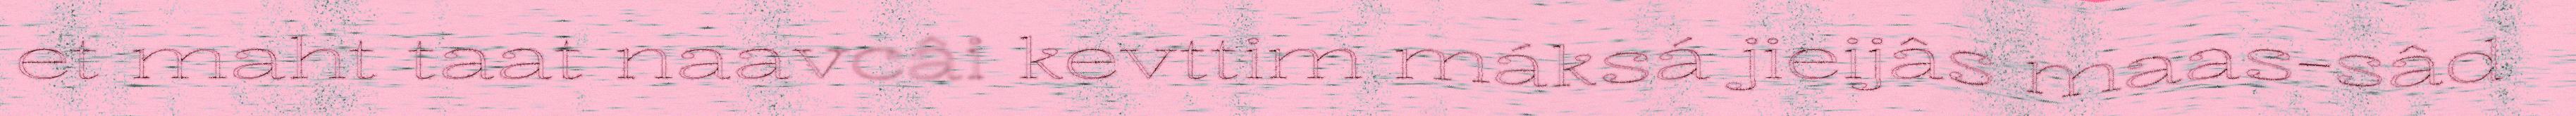
et maht taat naavcâi kevttim máksá jieijâs maas-sâd